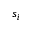
s _ { i }